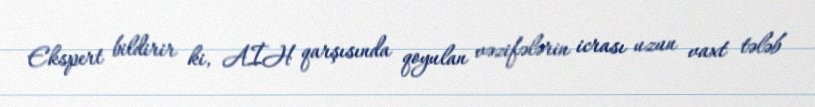
Ekspert bildirir ki, AİH qarşısında qoyulan vəzifələrin icrası uzun vaxt tələb